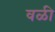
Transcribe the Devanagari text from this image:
वळी